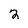
Character: 2